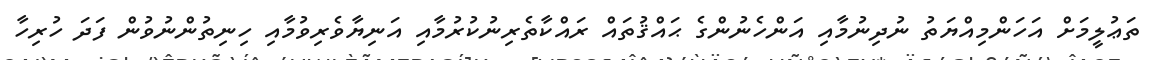
ތަޢުލީމަށް އަހަންމިއްޔަތު ނުދިނުމާއި އަންހެނުންގެ ޙައްޤުތައް ރައްކާތެރިނުކުރުމާއި އަނިޔާވެރިވުމާއި ހިނިތުންނުވުން ފަދަ ހުރިހާ